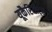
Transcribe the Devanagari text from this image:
यूकैरियोट्स